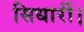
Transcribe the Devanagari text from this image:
सिधारीं।